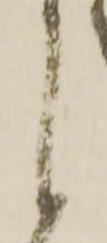
候